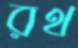
রথ